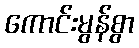
ကောင်းမွန်စွာ